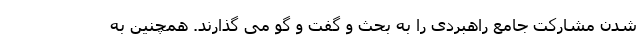
شدن مشارکت جامع راهبردی را به بحث و گفت و گو می گذارند. همچنین به